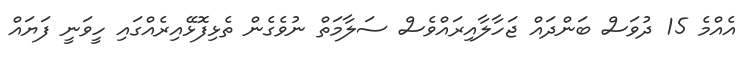
އެއްމެ 15 ދުވަސް ބަންދައް ޖަހާލާއިރައްވެސް ސަލާމަތް ނުވެގެން ތެޅިފޮޅޭއިރެއްގައި ހީވަނީ ފަޔައް